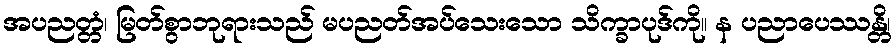
အပညတ္တံ၊ မြတ်စွာဘုရားသည် မပညတ်အပ်သေးသော သိက္ခာပုဒ်ကို။ န ပညာပေဿန္တိ၊